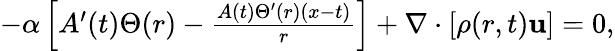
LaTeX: \begin{array}{r}{-\alpha\left[A^{\prime}(t)\Theta(r)-\frac{A(t)\Theta^{\prime}(r)(x-t)}{r}\right]+\nabla\cdot[\rho(r,t)\mathbf{u}]=0,}\end{array}